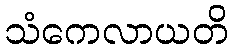
သံကေလာယတိ